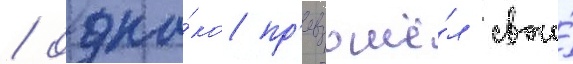
/ одна́ко пр'евзошё́л свои́